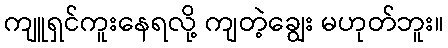
ကျူရှင်ကူးနေရလို့ ကျတဲ့ချွေး မဟုတ်ဘူး။